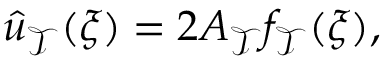
\hat { u } _ { \mathcal { T } } ( \boldsymbol { \xi } ) = 2 A _ { \mathcal { T } } f _ { \mathcal { T } } ( \boldsymbol { \xi } ) ,